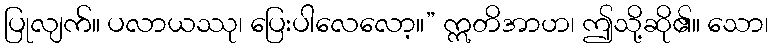
ပြုလျက်။ ပလာယဿု၊ ပြေးပါလေလော့။” ဣတိအာဟ၊ ဤသို့ဆို၏။ သော၊